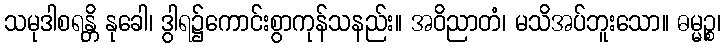
သမုဒါစရန္တိ နုခေါ၊ ဒွါရ၌ကောင်းစွာကုန်သနည်း။ အဝိညာတံ၊ မသိအပ်ဘူးသော။ ဓမ္မဉ္စ၊